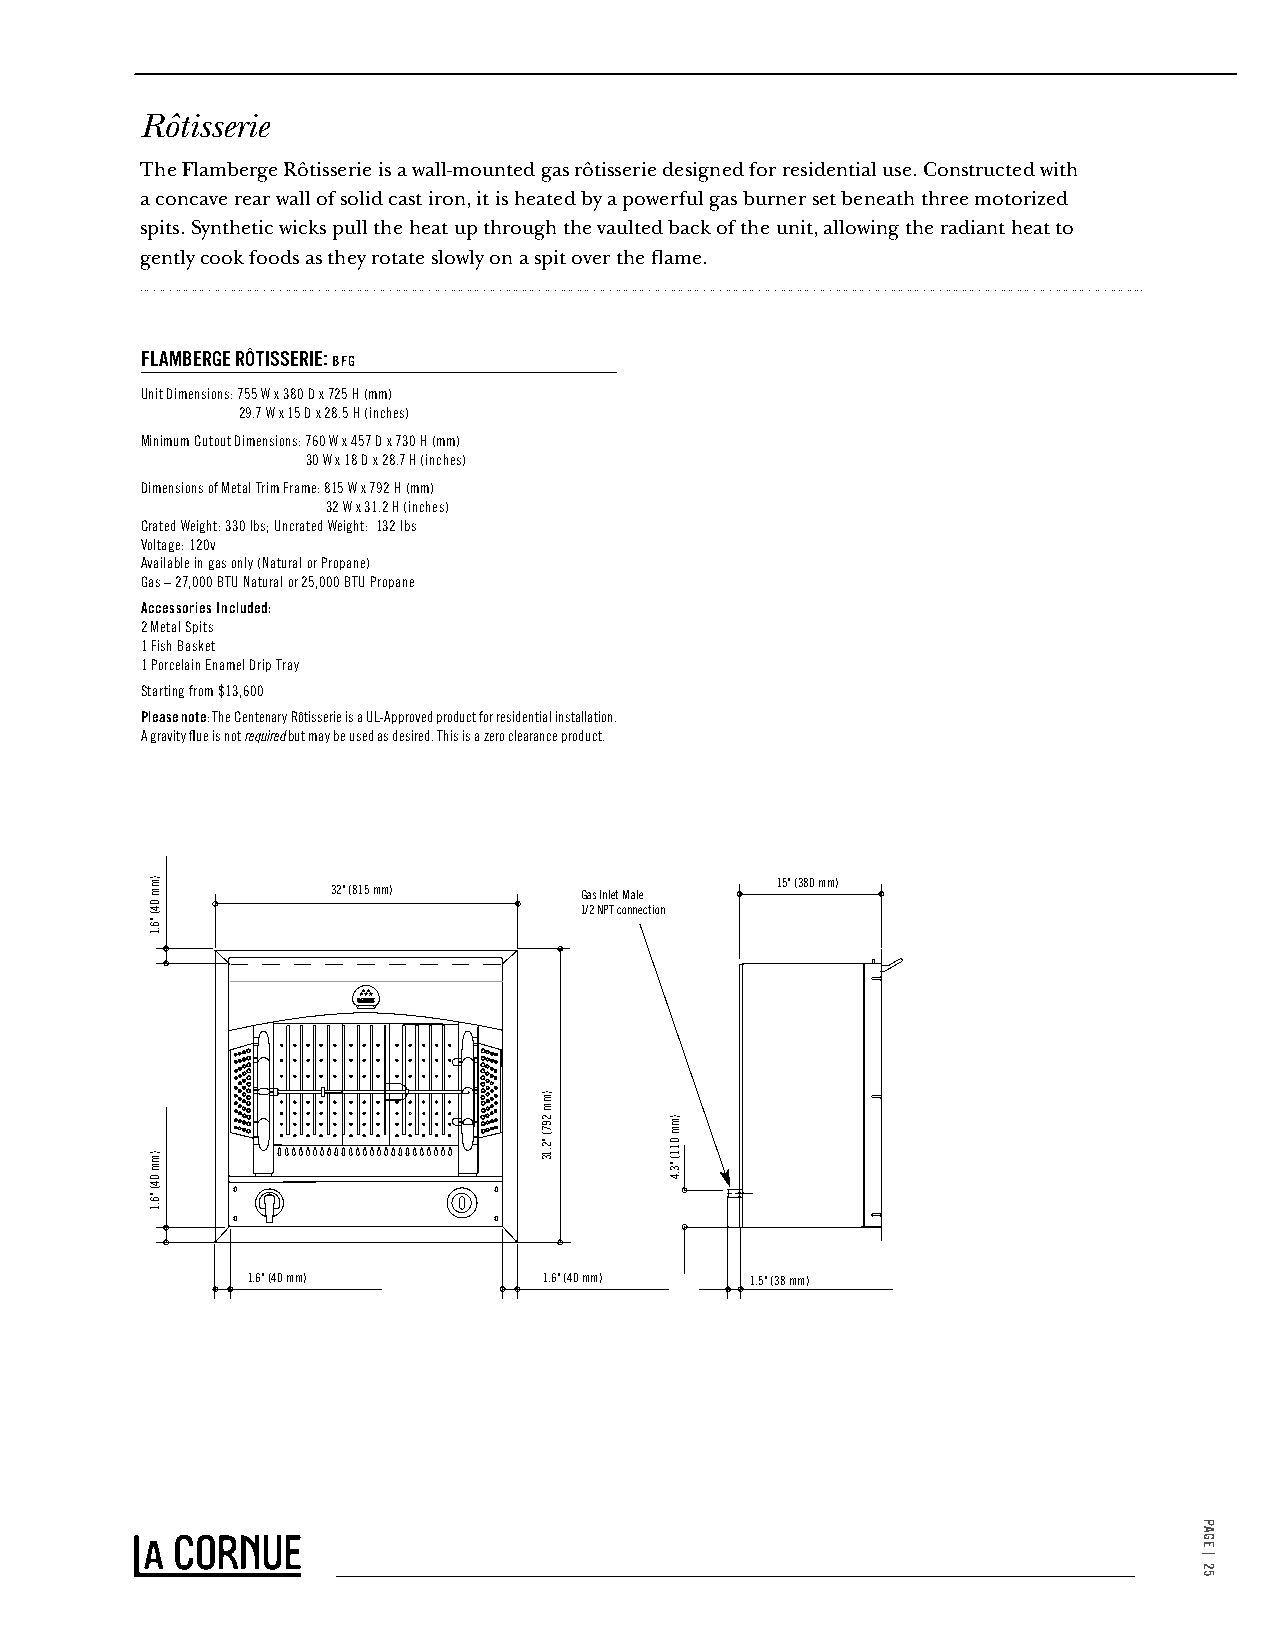
Rôtisserie
 The Flamberge Rôtisserie is a wall-mounted gas rôtisserie designed for residential use. Constructed with
 a concave rear wall of solid cast iron, it is heated by a powerful gas burner set beneath three motorized
 spits. Synthetic wicks pull the heat up through the vaulted back of the unit, allowing the radiant heat to
 gently cook foods as they rotate slowly on a spit over the flame.
 FLAMBERGE RÔTISSERIE: BFG
 Unit Dimensions: 755 W x 380 D x 725 H (mm)
 29.7 W x 15 D x 28.5 H (inches)
 Minimum Cutout Dimensions: 760 W x 457 D x 730 H (mm)
 30 W x 18 D x 28.7 H (inches)
 Dimensions of Metal Trim Frame: 815 W x 792 H (mm)
 32 W x 31.2 H (inches)
 Crated Weight: 330 lbs; Uncrated Weight: 132 lbs
 Voltage: 120v
 Available in gas only (Natural or Propane)
 Gas – 27,000 BTU Natural or 25,000 BTU Propane
 Accessories Included:
 2 Metal Spits
 1 Fish Basket
 1 Porcelain Enamel Drip Tray
 Starting from $13,600
 Please note: The Centenary Rôtisserie is a UL-Approved product for residential installation.
 A gravity flue is not required but may be used as desired. This is a zero clearance product.
 15" (380 mm)
 32" (815 mm)    Gas Inlet Male
 1/2 NPT connection
 1.6" (40 mm)        1.6" (40 mm)  1.5" (38 mm)
 PAGE
 |
 24
 )mm
 04(
 "6.1
 )mm
 04(
 "6.1
 )mm
 297(
 "2.13
 )mm
 011(
 "3.4
 PAGE
 |
 25